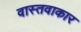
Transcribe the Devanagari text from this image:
वास्तवाकार